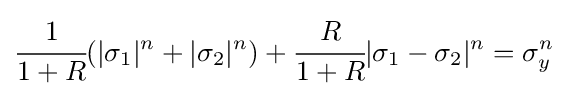
{\cfrac {1}{1+R}}(|\sigma _{1}|^{n}+|\sigma _{2}|^{n})+{\cfrac {R}{1+R}}|\sigma _{1}-\sigma _{2}|^{n}=\sigma _{y}^{n}